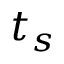
t _ { s }